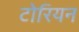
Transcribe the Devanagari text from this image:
टोरियन